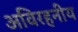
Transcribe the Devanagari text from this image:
अविरहनीय